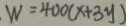
. W = 4 0 0 ( x + 3 y )